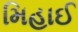
મિહાઈ